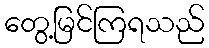
တွေ့မြင်ကြရသည်